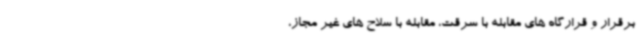
برقرار و قرارگاه های مقابله با سرقت، مقابله با سلاح های غیر مجاز،